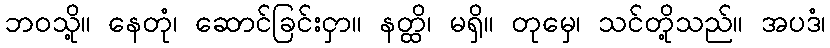
ဘဝသို့။ နေတုံ၊ ဆောင်ခြင်းငှာ။ နတ္ထိ၊ မရှိ။ တုမှေ၊ သင်တို့သည်။ အပဒံ၊